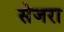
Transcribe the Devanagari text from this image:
सेजरा